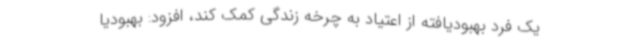
یک فرد بهبودیافته از اعتیاد به چرخه زندگی کمک کند، افزود: بهبودیا